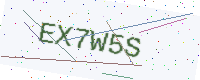
Text: EX7W5S